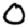
Digit: 0